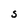
Character: S